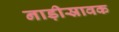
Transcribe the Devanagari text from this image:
नाड़ीस्रावक